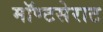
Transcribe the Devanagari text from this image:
मॉण्टसेराट